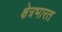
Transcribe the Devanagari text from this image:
क्षेत्रभारत